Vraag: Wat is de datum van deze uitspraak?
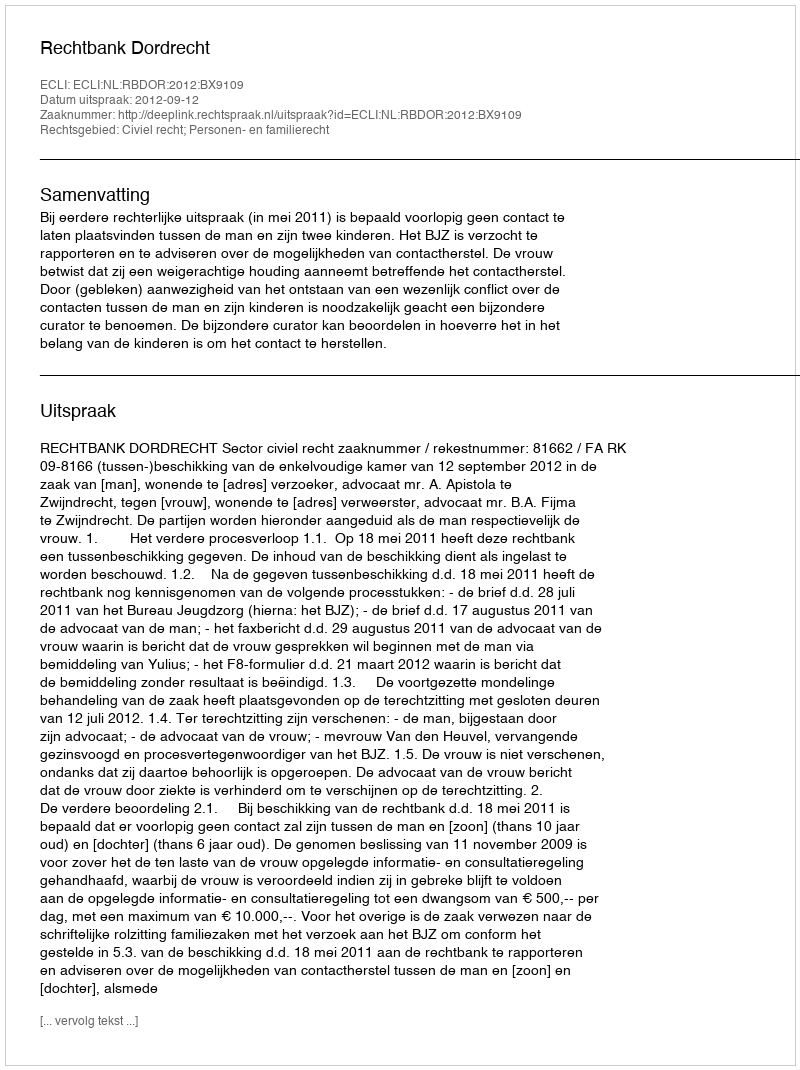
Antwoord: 2012-09-12